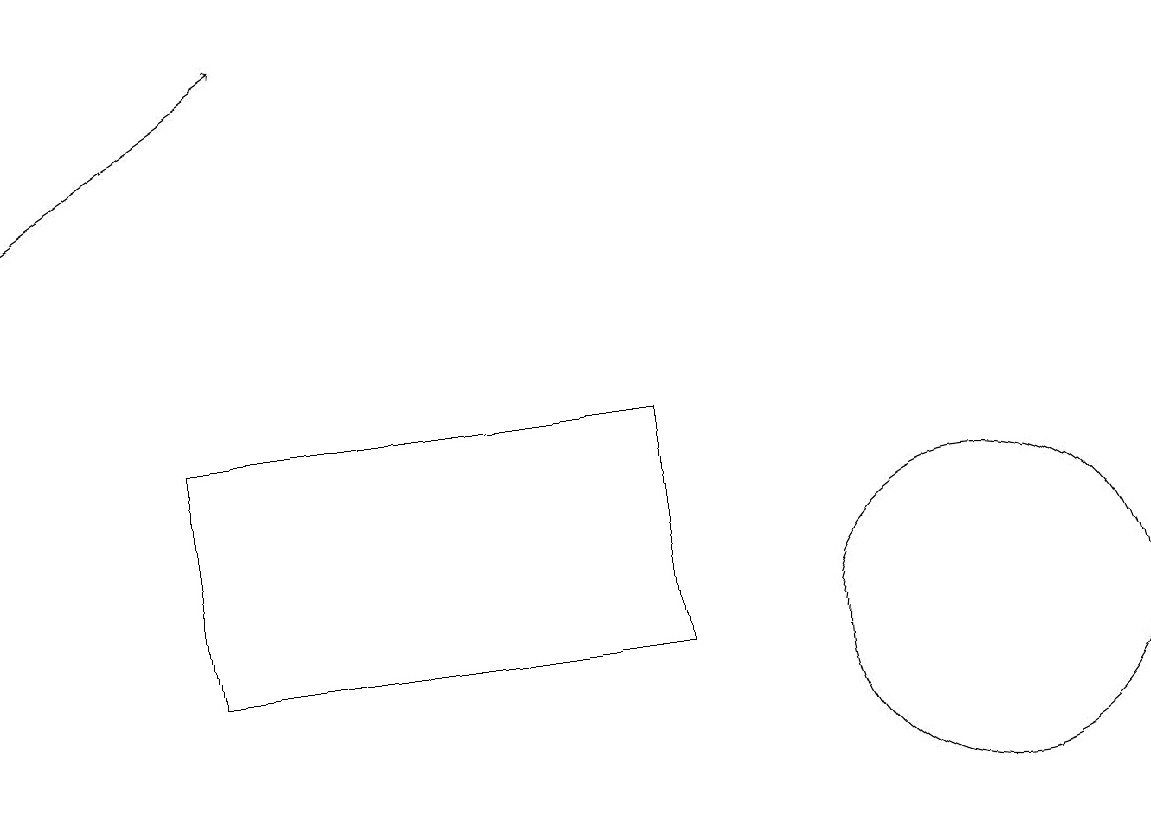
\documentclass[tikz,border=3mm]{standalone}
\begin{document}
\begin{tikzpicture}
\draw (8,13) rectangle (2,10);
\draw[->] (0,16) -- (3,18);
\draw (12,10) circle (2);
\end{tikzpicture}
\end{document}